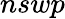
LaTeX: nswp